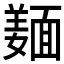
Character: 𲊚